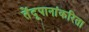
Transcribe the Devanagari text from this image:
तेंदूपानांकरिता